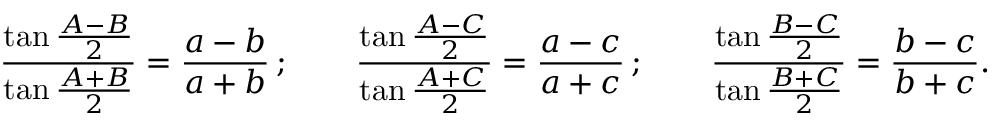
{ \frac { \tan { \frac { A - B } { 2 } } } { \tan { \frac { A + B } { 2 } } } } = { \frac { a - b } { a + b } } \, ; \qquad { \frac { \tan { \frac { A - C } { 2 } } } { \tan { \frac { A + C } { 2 } } } } = { \frac { a - c } { a + c } } \, ; \qquad { \frac { \tan { \frac { B - C } { 2 } } } { \tan { \frac { B + C } { 2 } } } } = { \frac { b - c } { b + c } } .